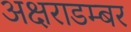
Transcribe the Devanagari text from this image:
अक्षराडम्बर